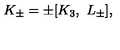
K _ { \pm } = \pm [ K _ { 3 } , \ L _ { \pm } ] ,